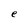
Character: e